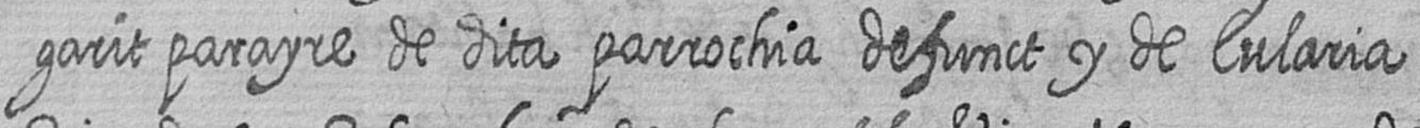
garit parayre de dita parrochia defunct y de Eularia